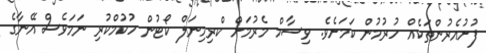
ފުށުއެރުންތަކެއް ހުރުމުން ކަމަށެވެ. ވިސާމް މެރުމަށް ކްރިމިނަލް ކޯޓުން ހުކުމްކުރި ނަމަވެސް އޭނާގެ